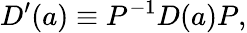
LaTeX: D^{\prime}(a)\equiv P^{-1}D(a)P,